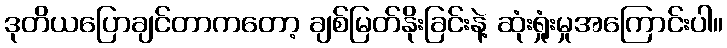
ဒုတိယပြောချင်တာကတော့ ချစ်မြတ်နိုးခြင်းနဲ့ ဆုံးရှုံးမှုအကြောင်းပါ။